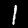
Digit: 1